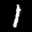
Label: 1